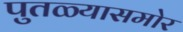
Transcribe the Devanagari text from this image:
पुतळ्यासमोर